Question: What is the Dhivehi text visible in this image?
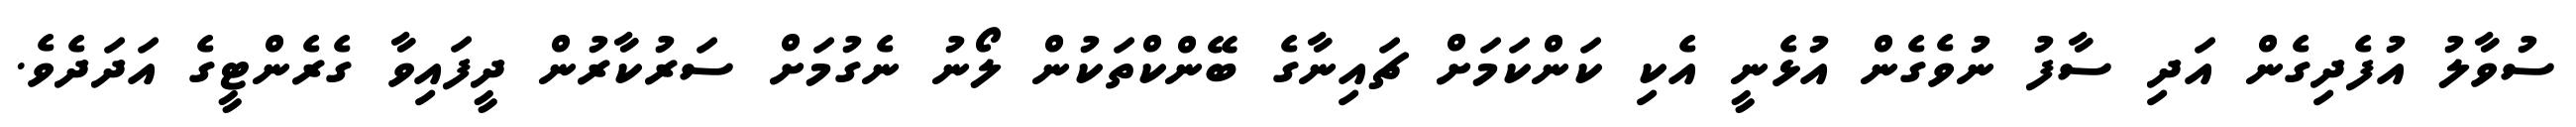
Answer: ސުވާލު އުފެދިގެން އަދި ސާފު ނުވެގެން އުޅެނީ އެކި ކަންކަމަށް ޗައިނާގެ ބޭންކްތަކުން ލޯނު ނެގުމަށް ސަރުކާރުން ދީފައިވާ ގެރެންޓީގެ އަދަދެވެ.